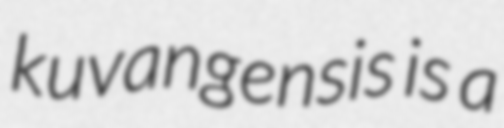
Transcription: kuvangensis is a